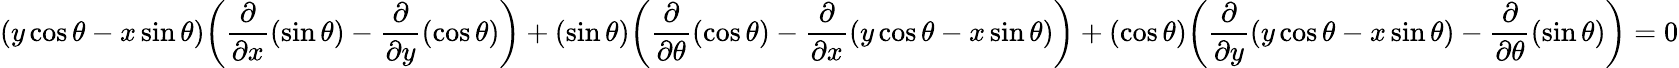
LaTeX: (y\cos\theta-x\sin\theta){\bigg(}{\frac{\partial}{\partial x}}(\sin\theta)-{\frac{\partial}{\partial y}}(\cos\theta){\bigg)}+(\sin\theta){\bigg(}{\frac{\partial}{\partial\theta}}(\cos\theta)-{\frac{\partial}{\partial x}}(y\cos\theta-x\sin\theta){\bigg)}+(\cos\theta){\bigg(}{\frac{\partial}{\partial y}}(y\cos\theta-x\sin\theta)-{\frac{\partial}{\partial\theta}}(\sin\theta){\bigg)}=0